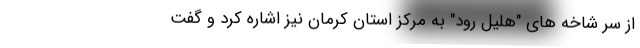
از سر شاخه های "هلیل رود" به مرکز استان کرمان نیز اشاره کرد و گفت